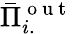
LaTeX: \bar{\Pi}_{i.}^{\mathrm{~o~u~t~}}